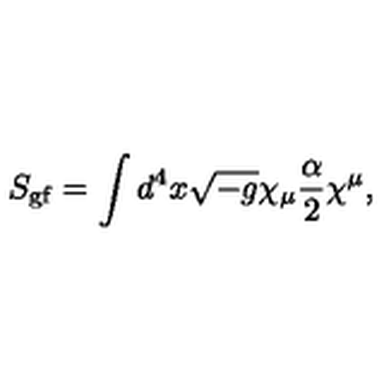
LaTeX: S _ { \mathrm { g f } } = \int d ^ { 4 } x \sqrt { - g } \chi _ { \mu } \frac { \alpha } { 2 } \chi ^ { \mu } ,